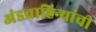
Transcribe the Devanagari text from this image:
अंडवाहिन्यांची